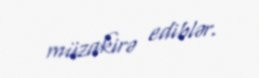
müzakirə ediblər.